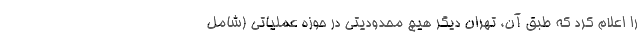
را اعلام کرد که طبق آن، تهران دیگر هیچ محدودیتی در حوزه عملیاتی (شامل